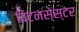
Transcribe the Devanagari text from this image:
विंटनसेस्टर